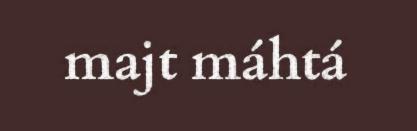
majt máhtá